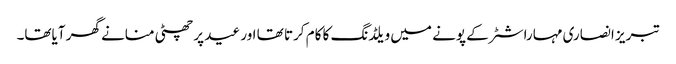
تبریز انصاری مہاراشٹر کے پونے میں ویلڈنگ کا کام کرتا تھا اور عید پر چھٹی منانے گھر آیاتھا۔